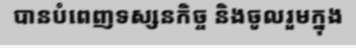
បានបំពេញទស្សនកិច្ច និងចូលរួមក្នុង